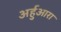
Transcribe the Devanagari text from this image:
अर्हुआरा